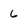
Character: 6